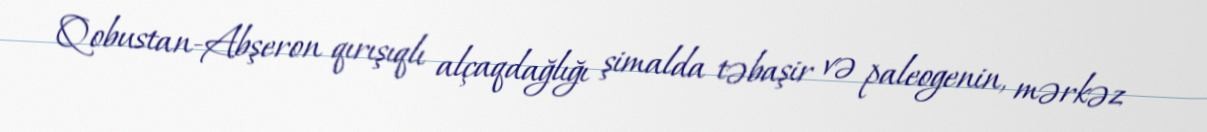
Qobustan-Abşeron qırışıqlı alçaqdağlığı şimalda təbaşir və paleogenin, mərkəz